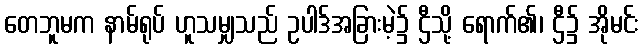
တေဘူမက နာမ်ရုပ် ဟူသမျှသည် ဥပါဒ်အခြားမဲ့၌ ဌီသို့ ရောက်၏၊ ဌီ၌ အိုမင်း